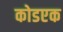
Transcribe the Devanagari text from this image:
कोडएक